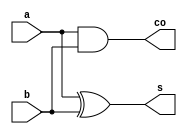
//20L152 SUMITHA R A

module halfadd(
    input a,b,
    output s,co
    );
assign s=a^b;
assign co=a&b;

endmodule